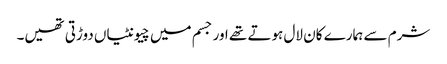
شرم سے ہمارے کان لال ہوتے تھے اور جسم میں چیونٹیاں دوڑتی تھیں۔